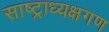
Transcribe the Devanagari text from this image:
साष्ट्राध्यक्षगण